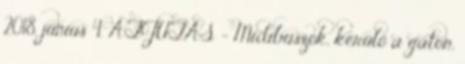
2018. június 4. ÁTJUTÁS - Midibuszok, kerülő a gáton,